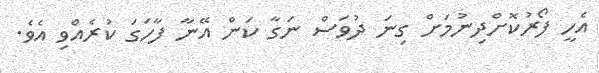
އެހީ ފޯރުކޮށްދިނުމަށް ގިނަ ދުވަސް ނަގާ ކަން އޭނާ ފާހަގަ ކުރެއްވި އެވެ.